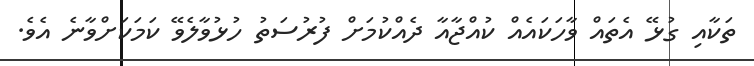
ތަކާއި ގުޅޭ އެތައް ވާހަކައެއް ކުއްޖާއާ ދެއްކުމަށް ފުރުސަތު ހުޅުވާލެވޭ ކަމަކަށްވާނެ އެވެ.